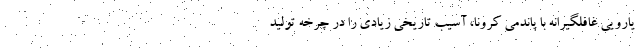
یارویی غافلگیرانه‌ با پاندمی کرونا، آسیب تاریخی زیادی را در چرخه تولید